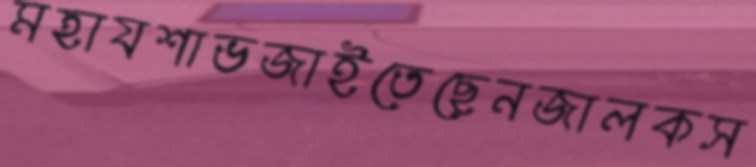
মহাযশাভজাইতেছেনজালকস